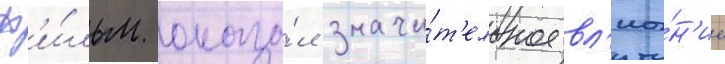
ф'и́льм оказа́л значи́т'ельное вл'иа́н'ие